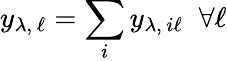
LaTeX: y_{\lambda,\, \ell}=\sum_{i}y_{\lambda,\, i\ell}\; \; \forall\ell